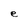
Character: e